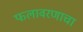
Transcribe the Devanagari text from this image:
फलावरणाचा